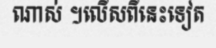
ណាស់ ។លើសពីនេះទៀត